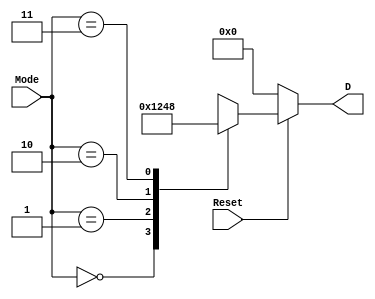
module Mode2_4Decoder(
    input [1:0] Mode,
    input Reset,
    output reg [3:0] D
    );
    always @(*)
    begin
      if(Reset==1)
      begin
      D=4'd0;
       case (Mode)
       2'b00: D=4'd1;
       2'b01: D=4'd2;
       2'b10: D=4'd4;
       2'b11: D=4'd8;
       endcase
      end
      else
      D=4'd0;
    end
endmodule